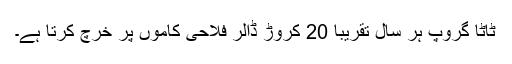
ٹاٹا گروپ ہر سال تقریباً 20 کروڑ ڈالر فلاحی کاموں پر خرچ کرتا ہے۔